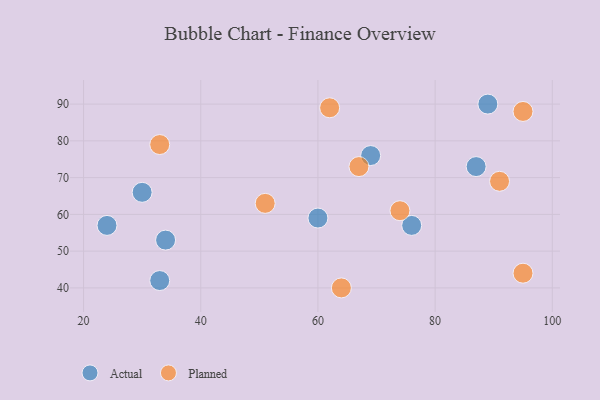
{"axis": {"x": "GDP", "y": "Life Expectancy"}, "legend": ["Actual", "Planned"], "data": [{"x": "34", "y": 53, "type": "Actual"}, {"x": "76", "y": 57, "type": "Actual"}, {"x": "87", "y": 73, "type": "Actual"}, {"x": "33", "y": 42, "type": "Actual"}, {"x": "24", "y": 57, "type": "Actual"}, {"x": "60", "y": 59, "type": "Actual"}, {"x": "30", "y": 66, "type": "Actual"}, {"x": "69", "y": 76, "type": "Actual"}, {"x": "89", "y": 90, "type": "Actual"}, {"x": "67", "y": 73, "type": "Planned"}, {"x": "95", "y": 88, "type": "Planned"}, {"x": "91", "y": 69, "type": "Planned"}, {"x": "95", "y": 44, "type": "Planned"}, {"x": "51", "y": 63, "type": "Planned"}, {"x": "33", "y": 79, "type": "Planned"}, {"x": "62", "y": 89, "type": "Planned"}, {"x": "74", "y": 61, "type": "Planned"}, {"x": "64", "y": 40, "type": "Planned"}]}